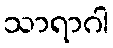
သာရာဂါ